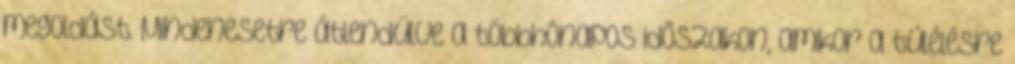
megoldást. Mindenesetre átlendülve a többhónapos időszakon, amikor a túlélésre